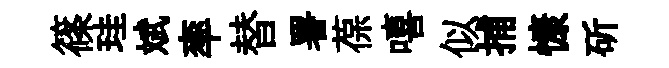
篠珪斌率替署葆嘻似捕慷斫